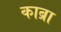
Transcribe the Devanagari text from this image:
काब्रा